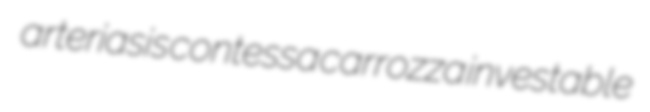
arteriasis contessa carrozza investable